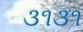
૩૧૩૧